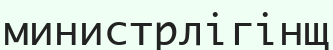
министрлігінщ